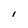
Character: i